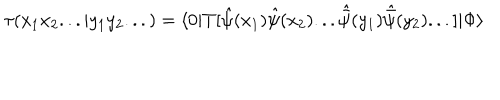
\tau ( x _ { 1 } x _ { 2 } . . . | y _ { 1 } y _ { 2 } . . . ) = \langle 0 | T [ { \hat { \psi } } ( x _ { 1 } ) { \hat { \psi } } ( x _ { 2 } ) . . . { \hat { \bar { \psi } } } ( y _ { 1 } ) { \hat { \bar { \psi } } } ( y _ { 2 } ) . . . ] | \Phi \rangle